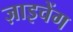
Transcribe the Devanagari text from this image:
ज़ाइचेंग